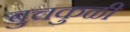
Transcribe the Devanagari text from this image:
बुचकुळी